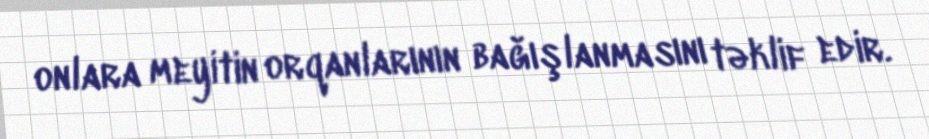
onlara meyitin orqanlarının bağışlanmasını təklif edir.